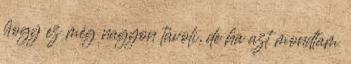
hogy ez még nagyon távoli, de ha azt mondtam